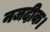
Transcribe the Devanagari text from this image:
नजदीक।